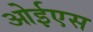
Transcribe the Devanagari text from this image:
ओईएस